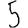
Digit: 5